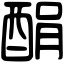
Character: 䣺